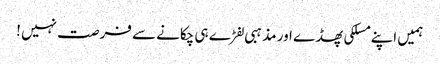
ہمیں اپنے مسلکی پھڈے اور مذہبی لفڑے ہی چکانے سے فرصت نہیں !